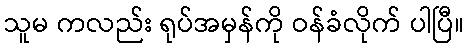
သူမ ကလည်း ရုပ်အမှန်ကို ဝန်ခံလိုက် ပါပြီ။